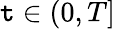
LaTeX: \mathtt{t}\in(0,T]